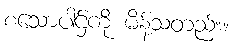
စသောပါဌ်ကို မိန့်သတည်း။